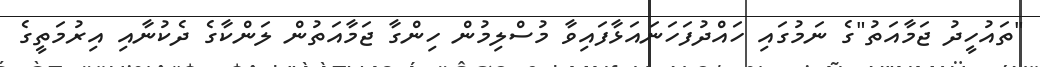
"ތައުހީދު ޖަމާއަތު"ގެ ނަމުގައި ހައްދުފަހަނައަޅާފައިވާ މުސްލިމުން ހިންގާ ޖަމާއަތުން ލަންކާގެ ދެކުނާއި އިރުމަތީގެ